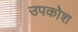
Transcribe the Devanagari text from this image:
उपकोश